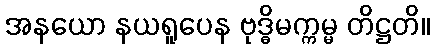
အနယော နယရူပေန ဗုဒ္ဓိမက္ကမ္မ တိဋ္ဌတိ။